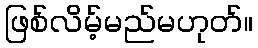
ဖြစ်လိမ့်မည်မဟုတ်။